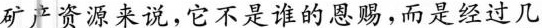
矿产资源来说，它不是谁的恩赐，而是经过几